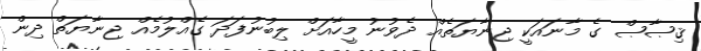
ޤިޞާޞް ގެ މާނައަކީ ޖިނާޔަތެއް ދެވުނު މީހާއަށް ލިބުނުފަދަ ގެއްލުމެއް ޖިނާޔަތް ދިން